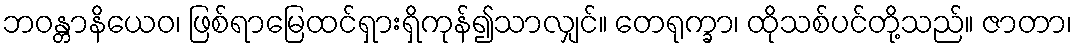
ဘဝန္တာနိယေဝ၊ ဖြစ်ရာမြေထင်ရှားရှိကုန်၍သာလျှင်။ တေရုက္ခာ၊ ထိုသစ်ပင်တို့သည်။ ဇာတာ၊